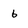
Character: 6